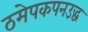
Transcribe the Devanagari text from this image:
ठमेपकपनउद्ध